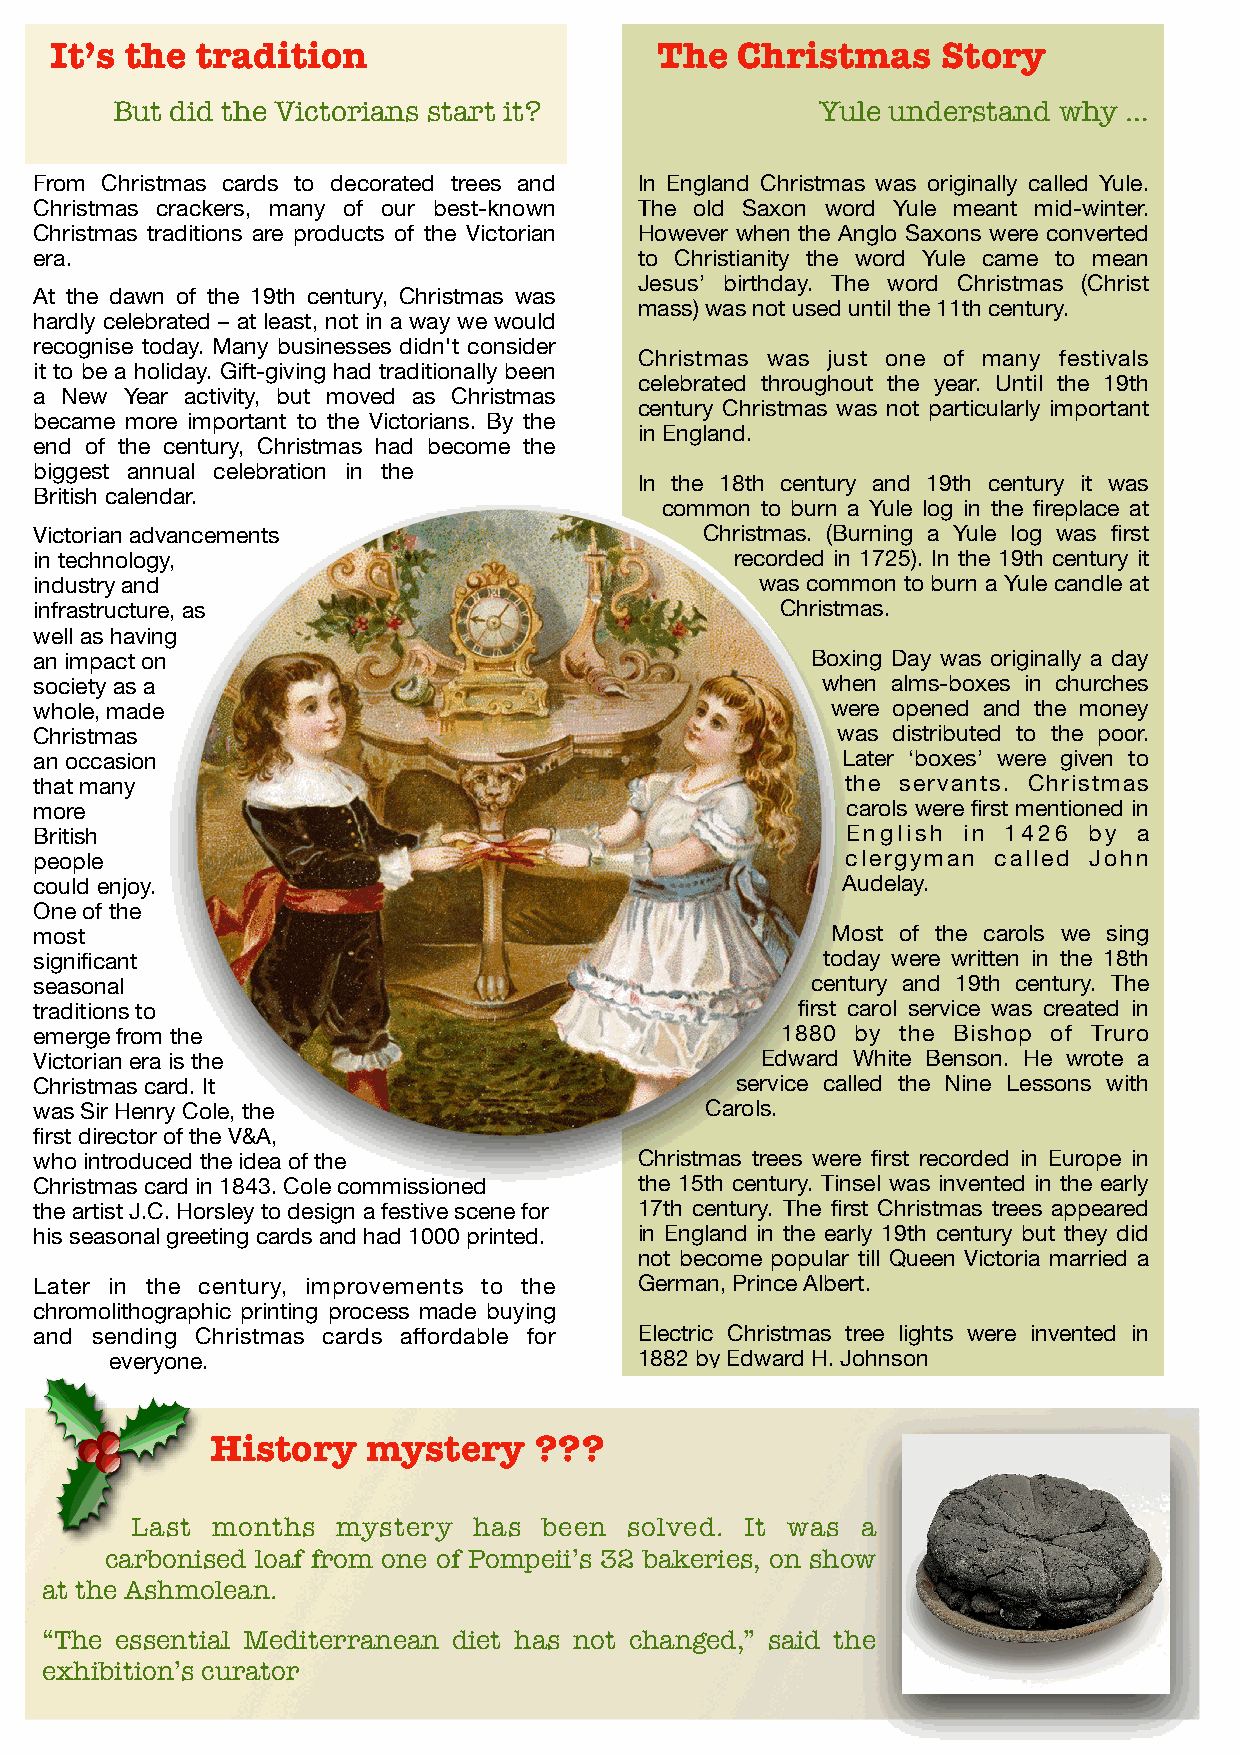
It’s the  tradition                     The   Christmas    Story
 But did the Victorians start it?               Yule understand why …
 From Christmas cards to decorated trees and In England Christmas was originally called Yule.
 Christmas crackers, many of our best-known The old Saxon word Yule meant mid-winter.
 Christmas traditions are products of the Victorian However when the Anglo Saxons were converted
 era.                                    to Christianity the word Yule came to mean
 Jesus’ birthday. The word Christmas (Christ
 At the dawn of the 19th century, Christmas was
 mass) was not used until the 11th century.
 hardly celebrated – at least, not in a way we would
 recognise today. Many businesses didn't consider
 Christmas was just one of many festivals
 it to be a holiday. Gift-giving had traditionally been
 celebrated throughout the year. Until the 19th
 a New Year activity, but moved as Christmas
 century Christmas was not particularly important
 became more important to the Victorians. By the
 in England.
 end of the century, Christmas had become the
 biggest annual celebration in the
 In the 18th century and 19th century it was
 British calendar.
 common to burn a Yule log in the fireplace at
 Victorian advancements                       Christmas. (Burning a Yule log was first
 in technology,                                 recorded in 1725). In the 19th century it
 industry and                                    was common to burn a Yule candle at
 infrastructure, as                                Christmas.
 well as having
 an impact on                                        Boxing Day was originally a day
 society as a                                        when alms-boxes in churches
 whole, made                                          were opened and the money
 Christmas                                            was distributed to the poor.
 an occasion                                           Later ‘boxes’ were given to
 that many                                             the servants. Christmas
 more                                                  carols were first mentioned in
 British                                               English in 1426 by a
 people                                                clergyman called John
 could enjoy.                                          Audelay.
 One of the
 most                                                 Most of the carols we sing
 significant                                         today were written in the 18th
 seasonal                                            century and 19th century. The
 traditions to                                      first carol service was created in
 emerge from the                                   1880 by the Bishop of Truro
 Victorian era is the                            Edward White Benson. He wrote a
 Christmas card. It                             service called the Nine Lessons with
 was Sir Henry Cole, the                      Carols.
 first director of the V&A,
 who introduced the idea of the          Christmas trees were first recorded in Europe in
 Christmas card in 1843. Cole commissioned the 15th century. Tinsel was invented in the early
 the artist J.C. Horsley to design a festive scene for 17th century. The first Christmas trees appeared
 his seasonal greeting cards and had 1000 printed. in England in the early 19th century but they did
 not become popular till Queen Victoria married a
 Later in the century, improvements to the German, Prince Albert.
 chromolithographic printing process made buying
 and sending Christmas cards affordable for Electric Christmas tree lights were invented in
 everyone.                          1882 by Edward H. Johnson
 History   mystery    ???
 Last months  mystery  has  been solved. It was  a
 carbonised loaf from one of Pompeii’s 32 bakeries, on show
 at the Ashmolean.
 “The essential Mediterranean diet has not changed,” said the
 exhibition’s curator